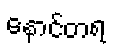
နောင်တရ